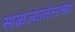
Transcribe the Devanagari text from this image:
साम्राज्यानंतरच्या